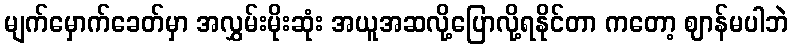
မျက်မှောက်ခေတ်မှာ အလွှမ်းမိုးဆုံး အယူအဆလို့ပြောလို့ရနိုင်တာ ကတော့ ဈာန်မပါဘဲ